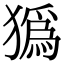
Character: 㺔